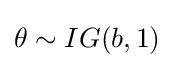
\theta \sim IG(b,1)